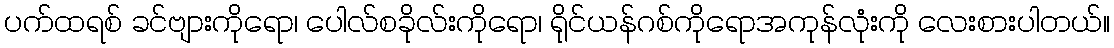
ပက်ထရစ် ခင်ဗျားကိုရော၊ ပေါလ်စခိုလ်းကိုရော၊ ရိုင်ယန်ဂစ်ကိုရောအကုန်လုံးကို လေးစားပါတယ်။